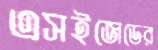
এসইজেডের